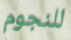
للنجوم